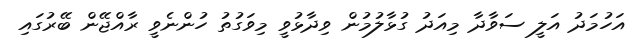
އަހުމަދު އަލީ ސަވާދާ މިއަދު ގުޅާލުމުން ވިދާޅުވީ މިވަގުތު ހުންނެވީ ރާއްޖޭން ބޭރުގައި